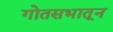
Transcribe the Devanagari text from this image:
गोतसभातून